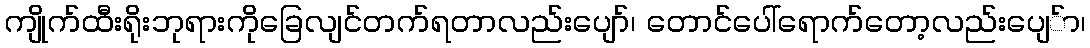
ကျိုက်ထီးရိုးဘုရားကိုခြေလျင်တက်ရတာလည်းပျော်၊ တောင်ပေါ်ရောက်တော့လည်းပျေ်ာ၊